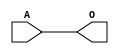
module JCBUFB1(A, O);
input   A;
output  O;
buf g0(O, A);
endmodule